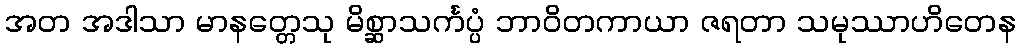
အတ အဒါသာ မာနတ္တေသု မိစ္ဆာသင်္ကပ္ပံ ဘာဝိတကာယာ ဇရတာ သမုဿာဟိတေန